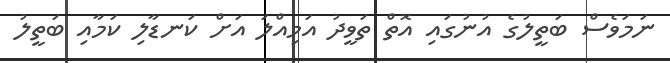
ނަމަވެސް ބަތީލުގެ އުނުގައި އޮތް ތަވީދު އަމިއްލަ އަށް ކަނޑާލި ކަމާއި ބަތީލު